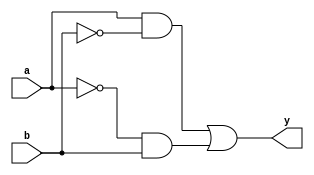
module xor_gate(input a, input b, output y);

    wire p1, p2, p3, p4;

    assign p1 = a & ~b; // Pass gate for a, invert b
    assign p2 = ~a & b; // Pass gate for b, invert a
    assign p3 = p1 | p2; // Combine pass gates
    assign p4 = p3; // Output

    assign y = p4;

endmodule